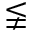
\lneqq